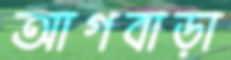
আগবাড়া